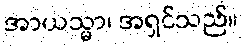
အာယသ္မာ၊ အရှင်သည်။